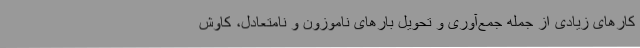
کارهای زیادی از جمله جمع‌آوری و تحویل بارهای ناموزون و نامتعادل، کاوش